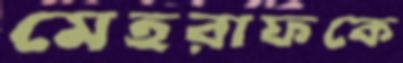
মেহরাফকে